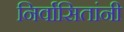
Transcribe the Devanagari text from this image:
निर्वासितांनी